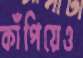
কাঁপিয়েও